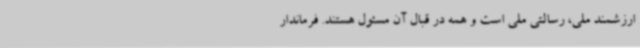
ارزشمند ملی، رسالتی ملی است و همه در قبال آن مسئول هستند. فرماندار